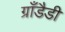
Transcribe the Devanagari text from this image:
ग्राँडैडी